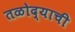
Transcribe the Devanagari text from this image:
तळोद्याची